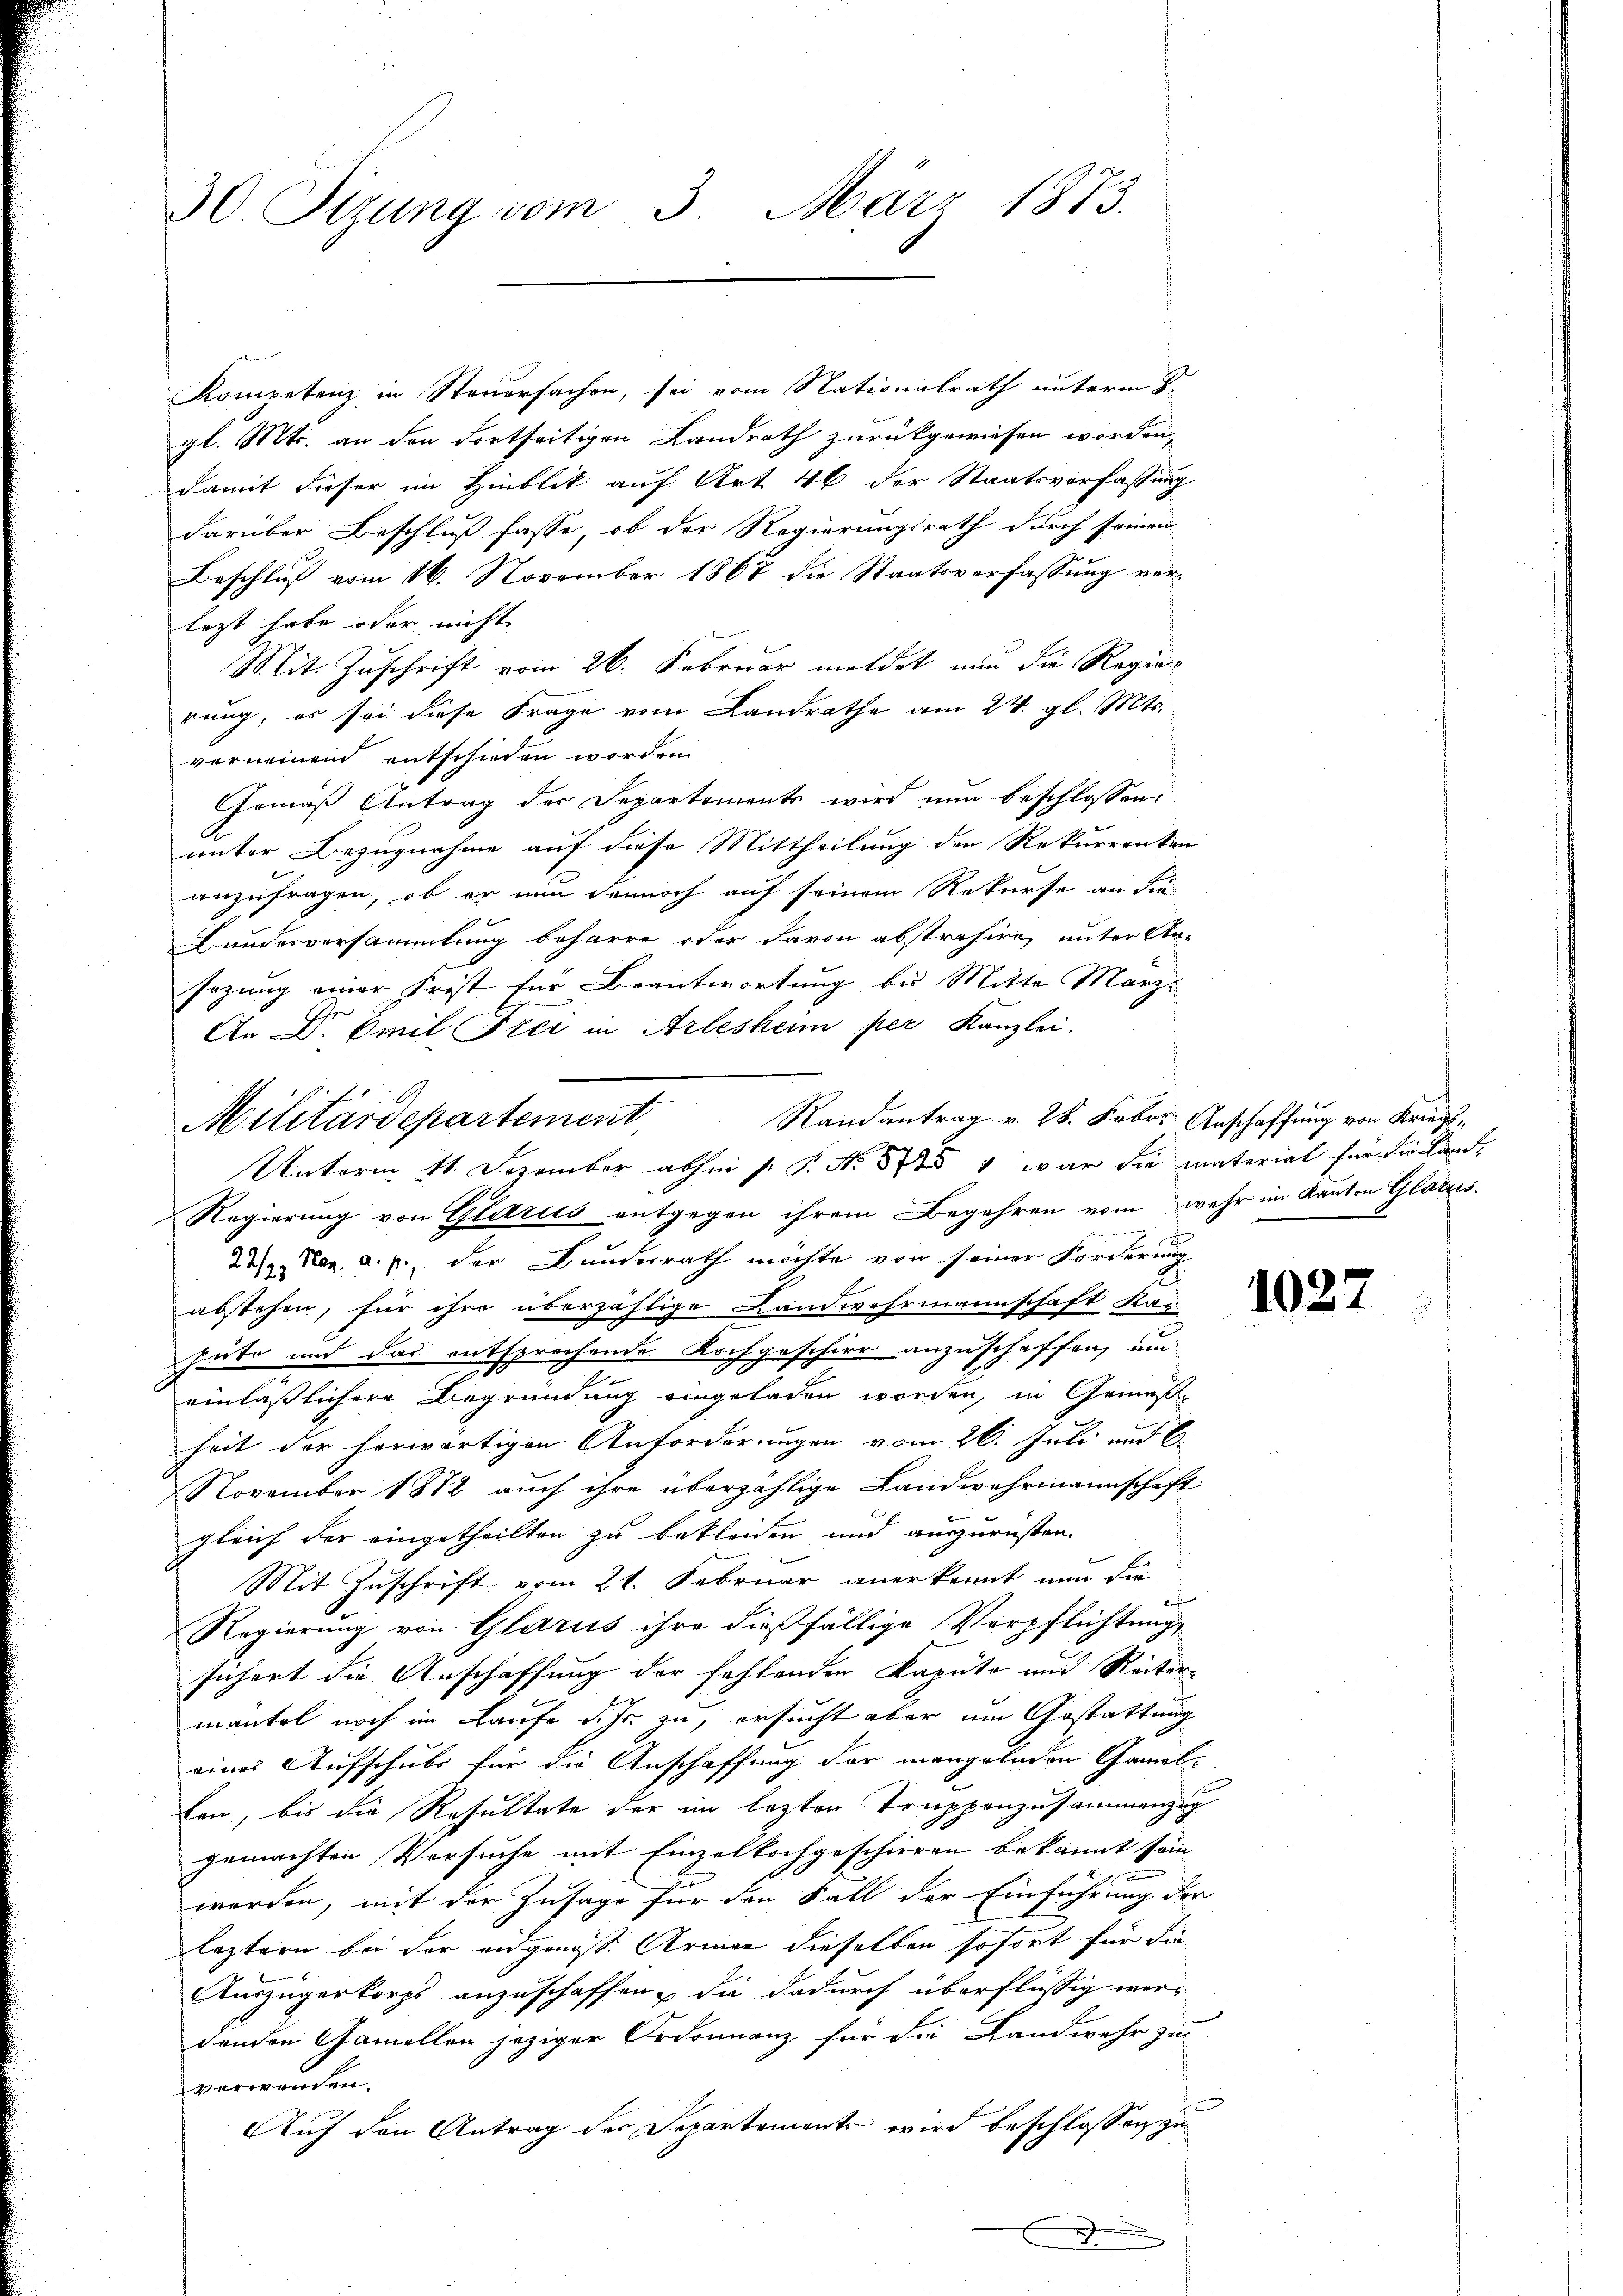
30. Sizung vom 3. März 1873.

Kompetenz in Steuersachen, sei vom Nationalrath unterm 8.
gl. Mts. an den dortseitigen Landrath zurückgewiesen worden,
damit dieser im Hinblik auf Art. 46 der Staatsverfassung
darüber Beschluß fasse, ob der Regierungsrath durch seinen
Beschluß vom 16. November 1867 die Staatsverfassung verlegt habe oder nicht
Mit Zuschrift vom 26. Februar meldet nun die Regierung, es sei diese Frage vom Landrathe am 24. gl. Mts.
verneinen entschieden worden
Gemäß Antrag der Departements wird nun beschlossen:
unter Bezugnahme auf diese Mittheilung der Rekurrenten
anzufragen, ob er nun dennoch auf seinem Rekurse an die
Bundesversammlung beharre oder davon abstrahire, unter An-
sezung einer Frist für Beantwortung bei Mitte Marz¬
An Dr Emil Frei in Arlesheim per Kanzlei.
Randantrag v. 28. Febr. Anschaffung von Kriegs¬
Unterm 11. Dezember absein P. Nr. 578 4 war die matorial für die Land-
Regierung von Glarus entgegen ihrem Begehren vom wehr im Kanton Glarus.
22/2 Nov. a. p. der Bundesrath möchte von seiner Forderung
abstehen, für ihre überzählige Landwehrmannschaft kan
hüte und das entsprochende Kochgeschier anzuschaffen, um
einläßlichere Begründung eingeladen worden, in Gemäßheit der herwärtigen Anforderungen vom 26. Juli und 6.
November 1882 auch ihre überzählige Landwehrmannschaft
gleich der eingetheilten zu bekleiden und auszurüsten
Mit Zuschrift vom 21. Februar anerkannt nun die

Regierung von Glarus ihre dießfällige Verpflichtung,
sichert die Anschaffung der fehlenden Kapute und Reitermäntel noch im Laufe d. Js. zu, ersucht aber um Gestattung
eines Aufschubs für die Anschaffung der mengelnden Camel-
ten, bis die Resultate der im lezten Truppenzusammenzug
gemachten Versuche mit Einzolkochgeschieren bekannt sein
werden, mit der Zusage für den Fall der Einführung der
leztern bei der eidgenoss. Armen dieselben sofort für die
Auszügerkorps anzuschaffen, die dadurch überflüssig werdenden Gamellen jeziger Ordonnanz für die Landwehr zu
verwenden.
Auf den Antrag der Separtements wird beschlossen zu
e

Militärdepartement,

1027